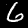
Label: 6